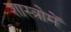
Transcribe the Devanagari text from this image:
शास्त्रोमें